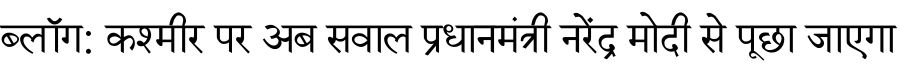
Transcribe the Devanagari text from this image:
ब्लॉग: कश्मीर पर अब सवाल प्रधानमंत्री नरेंद्र मोदी से पूछा जाएगा